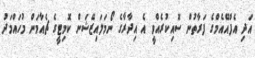
އަދި އެފްއޭއެމްގެ ފަރާތުން ސޮއިކުރެއްވީ އެ އިދާރާގެ ނޯމަލައިޒޭޝަން ކޮމިޓީގެ ޗެއާމަން މުހައްމަދު